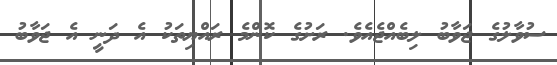
ސުވާލުގެ ޖަވާބު ލިބެއްޖެއެވެ. ރަށުގެ ކޮންމެ ރައްޔިތަކު އެ ދަނީ އެ ޖަވާބު